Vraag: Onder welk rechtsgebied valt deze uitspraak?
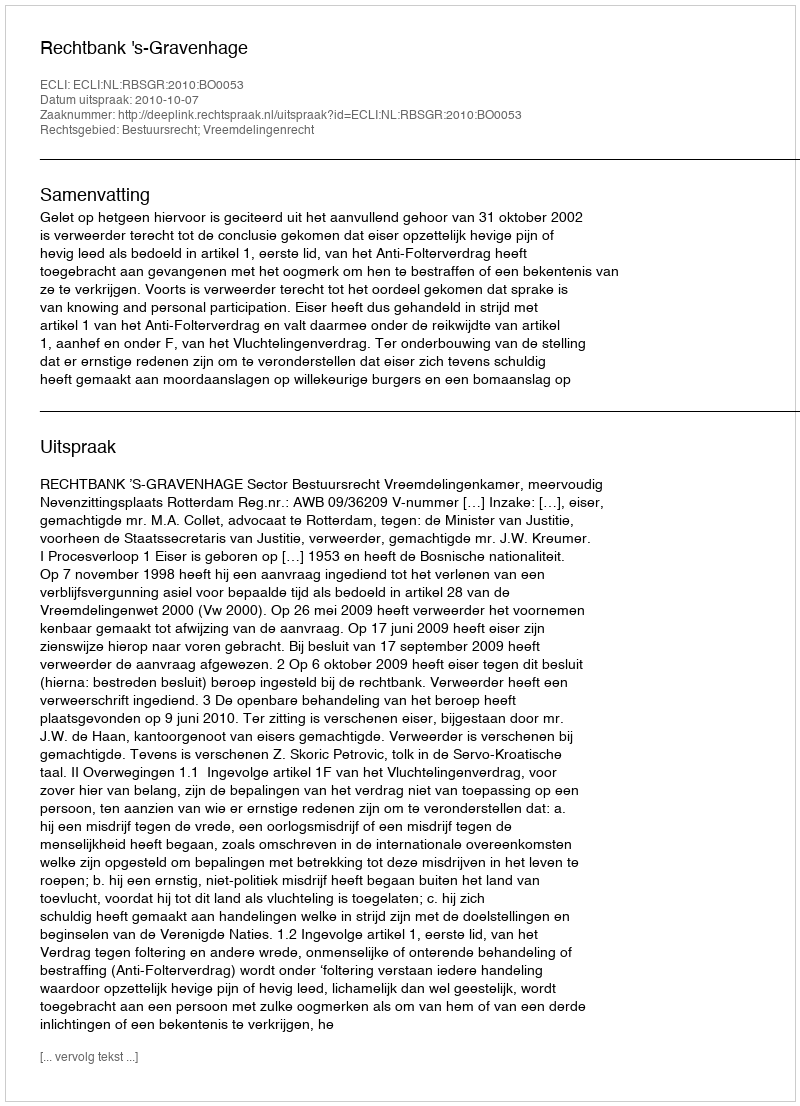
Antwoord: Bestuursrecht; Vreemdelingenrecht